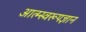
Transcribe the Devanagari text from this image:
आत्म्स्वरूपज्ञान